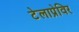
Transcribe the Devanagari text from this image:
टेलाप्रेविर